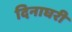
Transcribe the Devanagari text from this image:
दिनाघरी